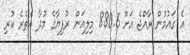
އެ ގައުމުން ރާއްޖެ އަށް 880.6 މިލިއަން ރުފިޔާގެ މުދާ އެތެރެ ކުރި